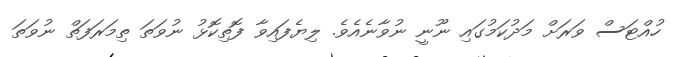
ހުއްޓަސް ވަރަށް މަދުކަމުގައި ނޫނީ ނުވާނެއެވެ. ލިޔެފައިވާ ފޮތިކޮޅު ނުވަތަ ތިމަރަފަތް ނުވަތަ